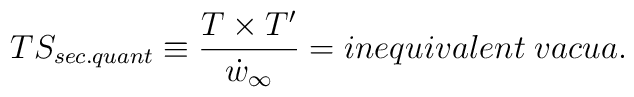
TS_{sec.quant} \equiv \frac{T \times T'}{\dot{w}_{\infty}} =inequivalent \;vacua .